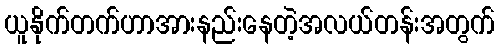
ယူနိုက်တက်ဟာအားနည်းနေတဲ့အလယ်တန်းအတွက်